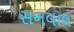
સનવાલ